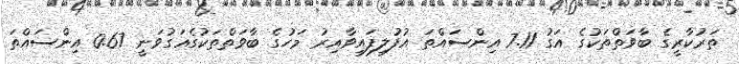
ތަރުކާރީގެ ބާވަތްތަކުގެ އަގު 7.11 އިންސައްތަ އުފުލިފައިވާއިރު މަހުގެ ބާވަތްތަކުގެއަގުވަނީ 0.67 އިންސައްތަ